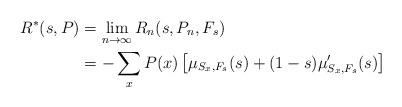
LaTeX: \begin{align*}R^*(s,P) & = \lim_{n\to\infty}R_n(s,P_n,F_s)\\& = - \sum_{x} P({x})\left[ \mu_{S_{x},F_s}(s)+(1-s) \mu_{S_{x},F_s}'(s)\right]\end{align*}